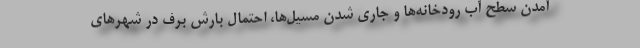
آمدن سطح آب رودخانه‌ها و جاری شدن مسیل‌ها، احتمال بارش برف در شهرهای